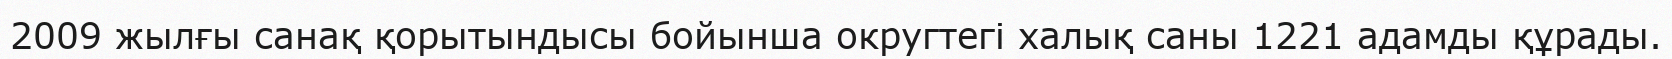
2009 жылғы санақ қорытындысы бойынша округтегі халық саны 1221 адамды құрады.